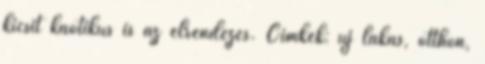
kicsit kaotikus is az elrendezés. Címkék: új lakás, otthon,